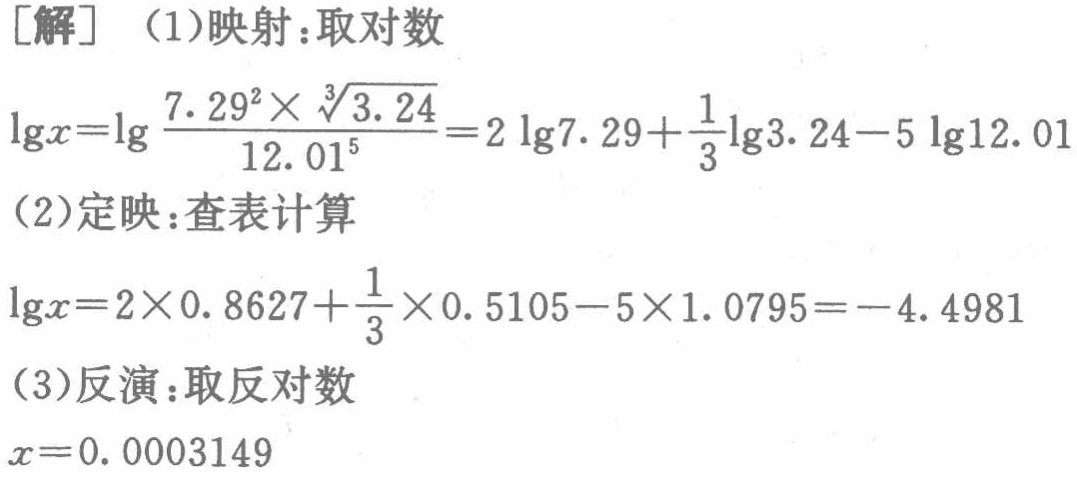
[解] （1）映射：取对数
\(\lg x = \lg\frac{7.29^{2}\times\sqrt[3]{3.24}}{12.01^{5}} = 2\lg7.29+\frac{1}{3}\lg3.24 - 5\lg12.01\)
（2）定映：查表计算
\(\lg x = 2\times0.8627+\frac{1}{3}\times0.5105 - 5\times1.0795=-4.4981\)
（3）反演：取反对数
\(x = 0.0003149\)